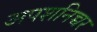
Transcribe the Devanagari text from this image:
अपशनिच्चर